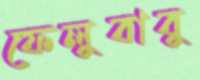
ফেলুবাবু